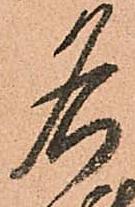
名